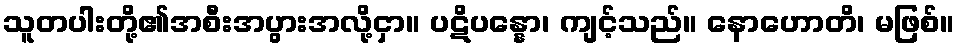
သူတပါးတို့၏အစီးအပွားအလို့ငှာ။ ပဋိပန္နော၊ ကျင့်သည်။ နောဟောတိ၊ မဖြစ်။